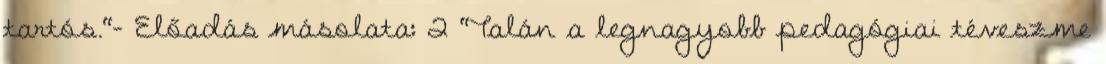
tartós."— Előadás másolata: 2 "Talán a legnagyobb pedagógiai téveszme